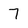
Character: 7